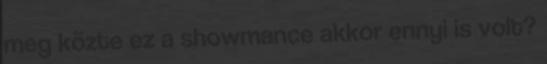
meg közte ez a showmance akkor ennyi is volt?